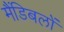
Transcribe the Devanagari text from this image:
मैंडिबलों